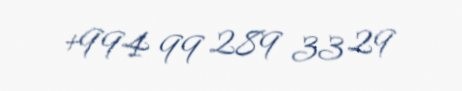
+994 99 289 33 29